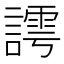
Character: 謣